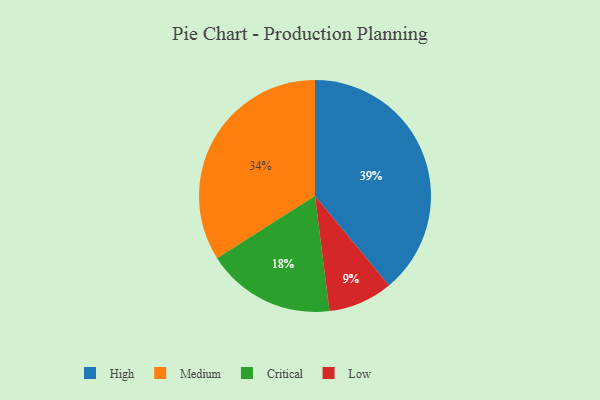
{"axis": {"x": "Category", "y": "Percentage"}, "legend": ["Critical", "High", "Low", "Medium"], "data": [{"x": "High", "y": 39, "type": "High"}, {"x": "Low", "y": 9, "type": "Low"}, {"x": "Critical", "y": 18, "type": "Critical"}, {"x": "Medium", "y": 34, "type": "Medium"}]}